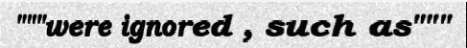
"""were ignored , such as"""